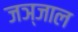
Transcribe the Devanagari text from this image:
जञ्जाल